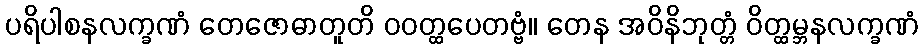
ပရိပါစနလက္ခဏံ တေဇောဓာတူတိ ဝဝတ္ထပေတဗ္ဗံ။ တေန အဝိနိဘုတ္တံ ဝိတ္ထမ္ဘနလက္ခဏံ